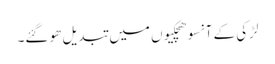
لڑکی کے آنسو ھچکیوں میں تبدیل ھو گئے۔